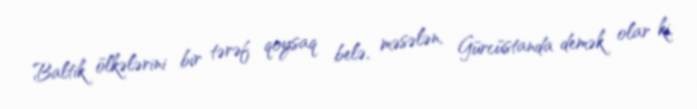
Baltik ölkələrini bir tərəf qoysaq belə, məsələn, Gürcüstanda demək olar ki,